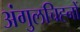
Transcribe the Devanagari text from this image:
अंगुलचिह्नों